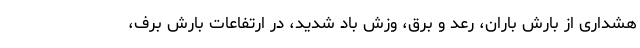
هشداری از بارش باران، رعد و برق، وزش باد شدید، در ارتفاعات بارش برف،